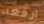
ارفعه